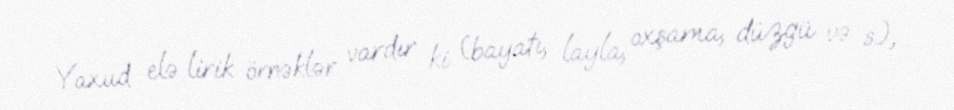
Yaxud elə lirik örnəklər vardır ki (bayatı, layla, oxşama, düzgü və s.),